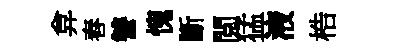
弇舂讐愧斷閲猛液梏